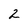
Character: 2